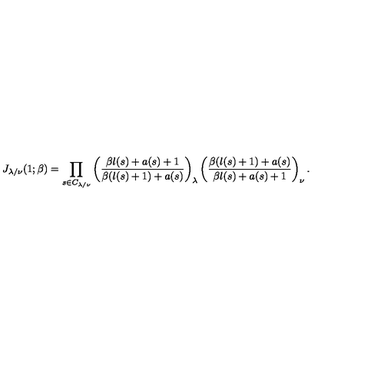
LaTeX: J _ { \lambda / \nu } ( 1 ; \beta ) = \prod _ { s \in C _ { \lambda / \nu } } \left( \frac { \beta l ( s ) + a ( s ) + 1 } { \beta ( l ( s ) + 1 ) + a ( s ) } \right) _ { \lambda } \left( \frac { \beta ( l ( s ) + 1 ) + a ( s ) } { \beta l ( s ) + a ( s ) + 1 } \right) _ { \nu } .